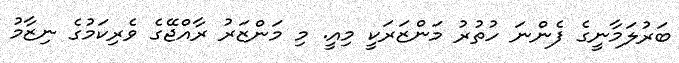
ބަރުލަމާނީގެ ފެންނަ ހުތުރު މަންޒަރަކީ މިއީ. މި މަންޒަރު ރާއްޖޭގެ ވެރިކަމުގެ ނިޒާމު